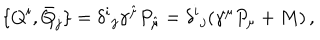
LaTeX: { } \{ Q ^ { i } , \bar { Q } _ { j } \} = \delta ^ { i } { } _ { j } \gamma ^ { \hat { \mu } } P _ { \hat { \mu } } = \delta ^ { i } { } _ { j } ( \gamma ^ { \mu } P _ { \mu } + M ) \, ,